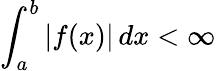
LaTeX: \int_{a}^{b}|f(x)|\, dx<\infty